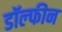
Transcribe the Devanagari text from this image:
डॉल्‍फीन